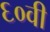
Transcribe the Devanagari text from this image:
६०वी